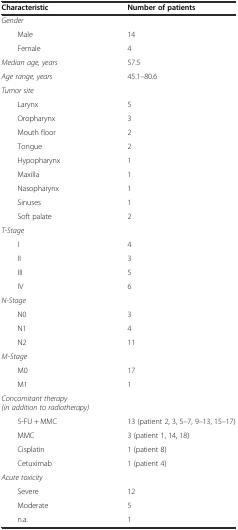
<table><thead><tr><td><b>Characteristic</b></td><td><b>Number of patients</b></td></tr></thead><tbody><tr><td><i>Gender</i></td><td></td></tr><tr><td>Male</td><td>14</td></tr><tr><td>Female</td><td>4</td></tr><tr><td><i>Median age, years</i></td><td>57.5</td></tr><tr><td><i>Age range, years</i></td><td>45.1–80.6</td></tr><tr><td><i>Tumor site</i></td><td></td></tr><tr><td>Larynx</td><td>5</td></tr><tr><td>Oropharynx</td><td>3</td></tr><tr><td>Mouth floor</td><td>2</td></tr><tr><td>Tongue</td><td>2</td></tr><tr><td>Hypopharynx</td><td>1</td></tr><tr><td>Maxilla</td><td>1</td></tr><tr><td>Nasopharynx</td><td>1</td></tr><tr><td>Sinuses</td><td>1</td></tr><tr><td>Soft palate</td><td>2</td></tr><tr><td><i>T-Stage</i></td><td></td></tr><tr><td>I</td><td>4</td></tr><tr><td>II</td><td>3</td></tr><tr><td>III</td><td>5</td></tr><tr><td>IV</td><td>6</td></tr><tr><td><i>N-Stage</i></td><td></td></tr><tr><td>N0</td><td>3</td></tr><tr><td>N1</td><td>4</td></tr><tr><td>N2</td><td>11</td></tr><tr><td><i>M-Stage</i></td><td></td></tr><tr><td>M0</td><td>17</td></tr><tr><td>M1</td><td>1</td></tr><tr><td><i>Concomitant therapy (in addition to radiotherapy)</i></td><td></td></tr><tr><td>5-FU + MMC</td><td>13 (patient 2, 3, 5–7, 9–13, 15–17)</td></tr><tr><td>MMC</td><td>3 (patient 1, 14, 18)</td></tr><tr><td>Cisplatin</td><td>1 (patient 8)</td></tr><tr><td>Cetuximab</td><td>1 (patient 4)</td></tr><tr><td><i>Acute toxicity</i></td><td></td></tr><tr><td>Severe</td><td>12</td></tr><tr><td>Moderate</td><td>5</td></tr><tr><td>n.a.</td><td>1</td></tr></tbody></table>